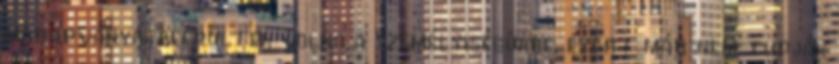
maradványai beépültek volna a személyiségükbe, ezért már nem tudják